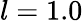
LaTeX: l=1.0